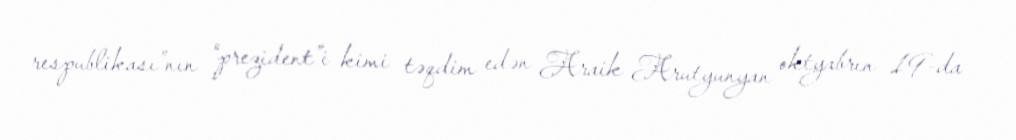
respublikası”nın “prezident”i kimi təqdim edən Araik Arutyunyan oktyabrın 19-da